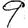
Digit: 9